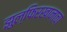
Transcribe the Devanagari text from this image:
झुल्फिरखानाचा